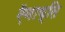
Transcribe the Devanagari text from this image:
ऍनाय्ति